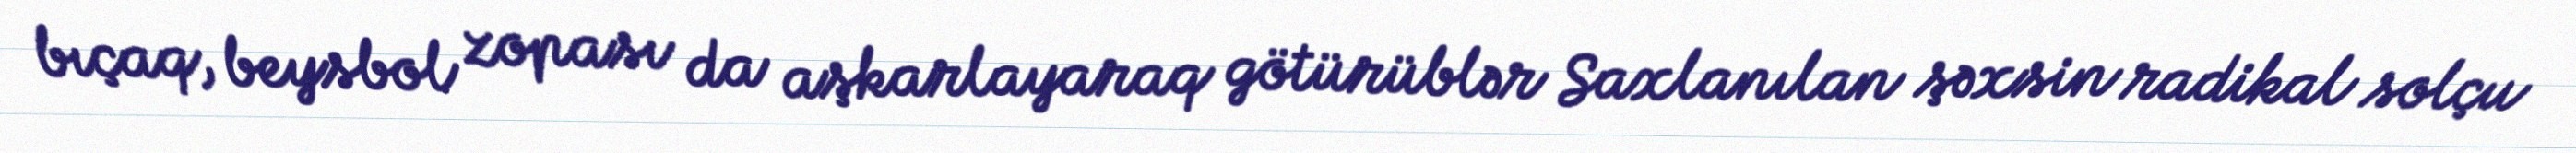
bıçaq, beysbol zopası da aşkarlayaraq götürüblər Saxlanılan şəxsin radikal solçu